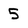
Character: 5